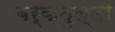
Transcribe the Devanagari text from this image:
बर्कतुल्ला